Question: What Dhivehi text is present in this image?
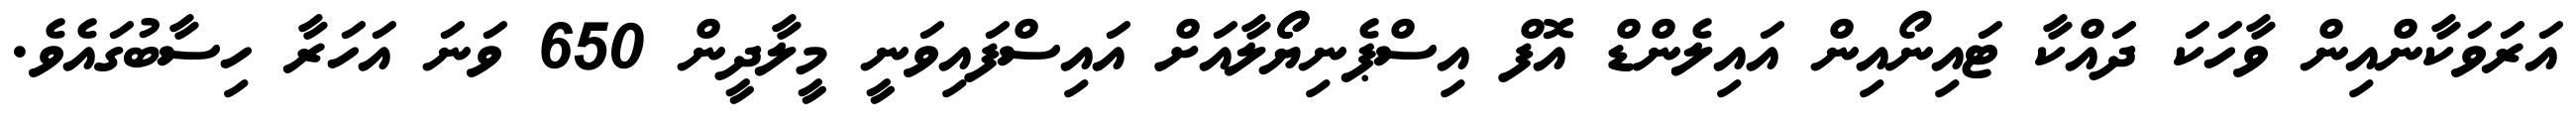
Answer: އަރަވަކާންއިން ވާހަކަ ދައްކާ ޓައިނޯއިން އައިލެންޑް އޮފް އިސްޕެނިޔޯޯލާއަށް އައިސްފައިވަނީ މީލާދީން 650 ވަނަ އަހަރާ ހިސާބުގައެވެ.